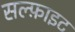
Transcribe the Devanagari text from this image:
सल्फ़ाइट